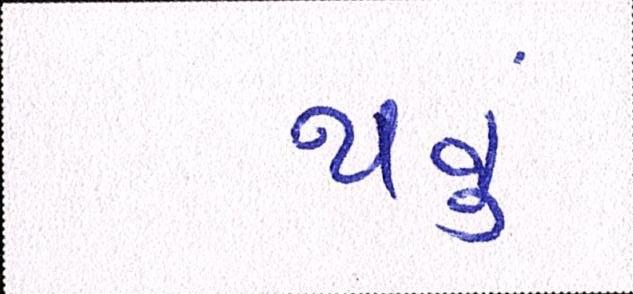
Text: થવૂં